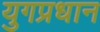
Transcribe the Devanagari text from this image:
युगप्रधान